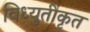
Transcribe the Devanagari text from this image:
विध्युतीकृत